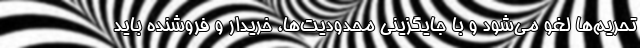
‌تحریم‌ها لغو می‌شود و با جایگزینی محدودیت‌ها، خریدار و فروشنده باید